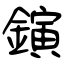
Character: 鏔